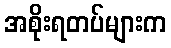
အစိုးရတပ်များက